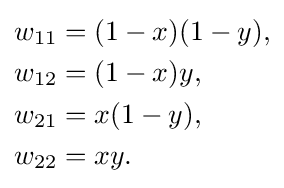
{\begin{aligned}w_{11}&=(1-x)(1-y),\\w_{12}&=(1-x)y,\\w_{21}&=x(1-y),\\w_{22}&=xy.\end{aligned}}